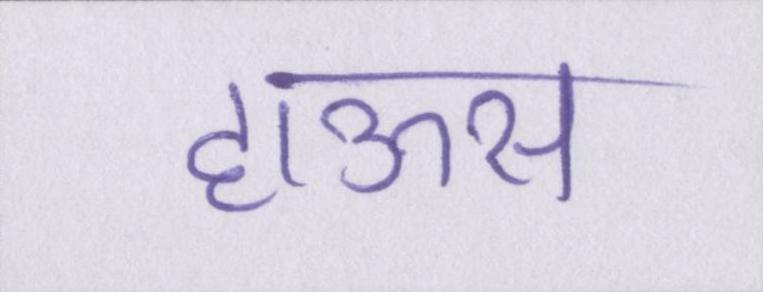
हाऊस